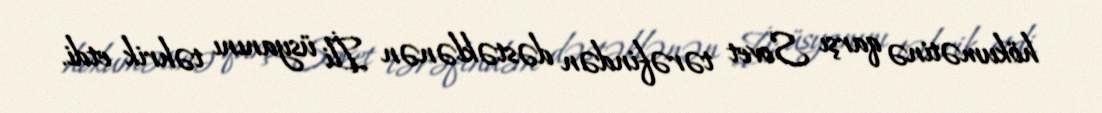
hökumətinə qarşı Sovet tərəfindən dəstəklənən İli üsyanını təhrik etdi.